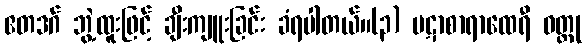
ဧတဒဂ် ဘွဲ့ထူးဖြင့် ချီးကျူးခြင်း ခံရပါတယ်။(၃) ပဋာစာရာထေရီ ဝတ္ထု